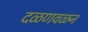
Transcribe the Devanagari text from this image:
दळणवळन